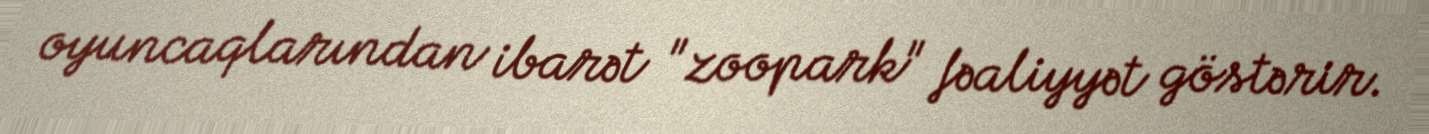
oyuncaqlarından ibarət "zoopark" fəaliyyət göstərir.